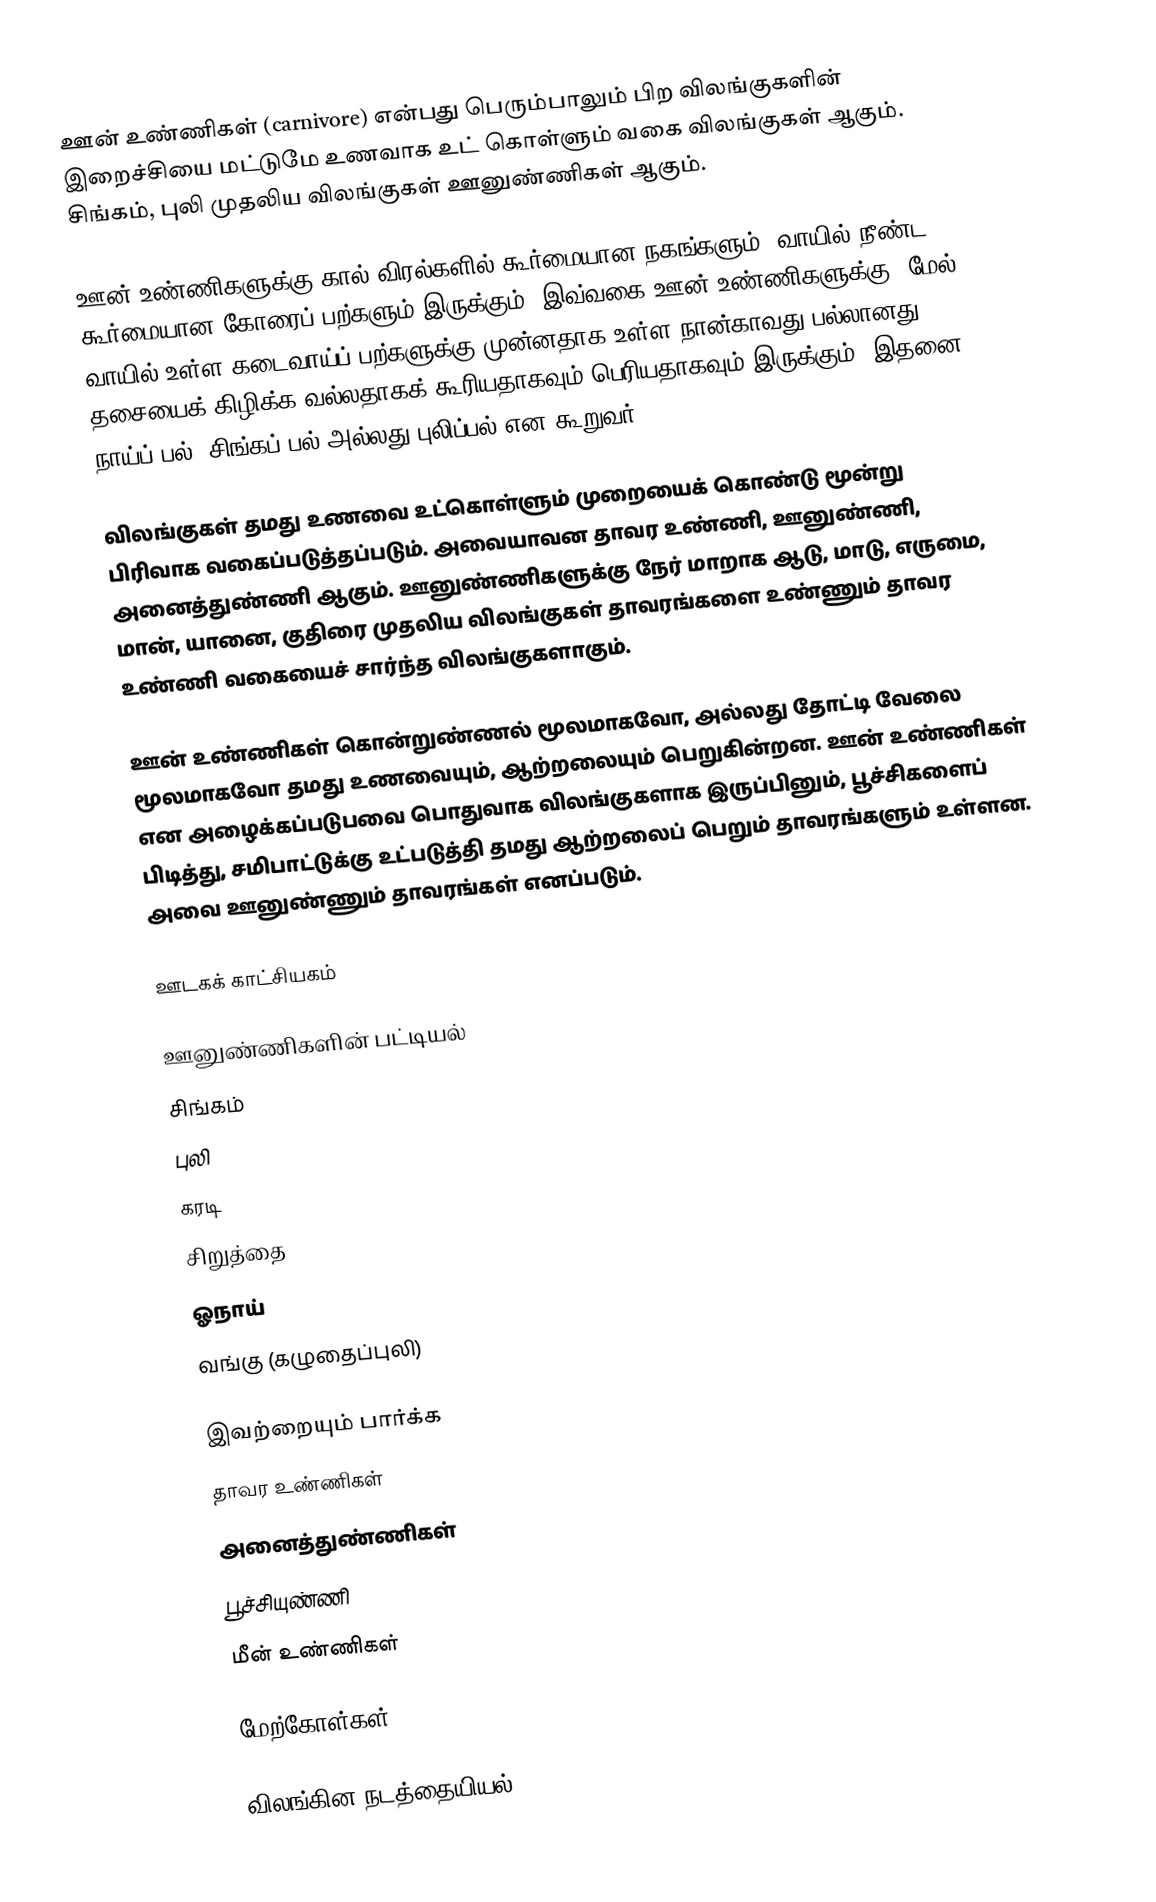
ஊன் உண்ணிகள் (carnivore) என்பது பெரும்பாலும் பிற விலங்குகளின் இறைச்சியை மட்டுமே உணவாக உட் கொள்ளும் வகை விலங்குகள் ஆகும். சிங்கம், புலி முதலிய விலங்குகள் ஊனுண்ணிகள் ஆகும்.

ஊன் உண்ணிகளுக்கு கால் விரல்களில் கூர்மையான நகங்களும், வாயில் நீண்ட கூர்மையான கோரைப் பற்களும் இருக்கும். இவ்வகை ஊன் உண்ணிகளுக்கு, மேல் வாயில் உள்ள கடைவாய்ப் பற்களுக்கு முன்னதாக உள்ள நான்காவது பல்லானது தசையைக் கிழிக்க வல்லதாகக் கூரியதாகவும் பெரியதாகவும் இருக்கும். இதனை நாய்ப் பல், சிங்கப் பல் அல்லது புலிப்பல் என கூறுவர்.

விலங்குகள் தமது உணவை உட்கொள்ளும் முறையைக் கொண்டு மூன்று பிரிவாக வகைப்படுத்தப்படும். அவையாவன தாவர உண்ணி, ஊனுண்ணி, அனைத்துண்ணி ஆகும். ஊனுண்ணிகளுக்கு நேர் மாறாக ஆடு, மாடு, எருமை, மான், யானை, குதிரை முதலிய விலங்குகள் தாவரங்களை உண்ணும் தாவர உண்ணி வகையைச் சார்ந்த விலங்குகளாகும்.

ஊன் உண்ணிகள் கொன்றுண்ணல் மூலமாகவோ, அல்லது தோட்டி வேலை மூலமாகவோ தமது உணவையும், ஆற்றலையும் பெறுகின்றன. ஊன் உண்ணிகள் என அழைக்கப்படுபவை பொதுவாக விலங்குகளாக இருப்பினும், பூச்சிகளைப் பிடித்து, சமிபாட்டுக்கு உட்படுத்தி தமது ஆற்றலைப் பெறும் தாவரங்களும் உள்ளன. அவை ஊனுண்ணும் தாவரங்கள் எனப்படும்.

ஊடகக் காட்சியகம்

ஊனுண்ணிகளின் பட்டியல்
 சிங்கம்
 புலி
 கரடி
 சிறுத்தை
 ஓநாய்
 வங்கு (கழுதைப்புலி)

இவற்றையும் பார்க்க
 தாவர உண்ணிகள்
 அனைத்துண்ணிகள்
 பூச்சியுண்ணி
 மீன் உண்ணிகள்

மேற்கோள்கள்

விலங்கின நடத்தையியல்